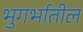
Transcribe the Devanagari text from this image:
भुगर्भातील